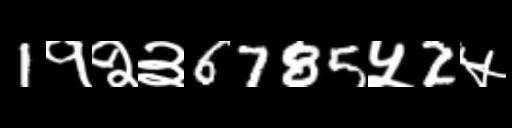
Text: 1१२३6785५2५